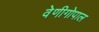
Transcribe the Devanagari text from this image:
वेणीगोपाल